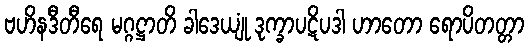
ဗဟိနဒီတီရေ မဂ္ဂဋ္ဌာတိ ခါဒေယျုံ ဒုက္ခာပဋိပဒါ ဟာတော ရောပိတတ္တာ